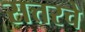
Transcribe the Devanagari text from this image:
सत्तरचे